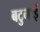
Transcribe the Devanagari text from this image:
बटुभाई